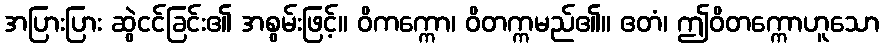
အပြားပြား ဆွဲငင်ခြင်း၏ အစွမ်းဖြင့်။ ဝိကက္ကော၊ ဝိတက္ကမည်၏။ ဧတံ၊ ဤဝိတက္ကောဟူသော